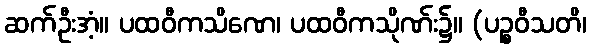
ဆက်ဦးအံ့။ ပထဝီကသိဏေ၊ ပထဝီကသိုဏ်း၌။ (ပဉ္စဝီသတိ၊